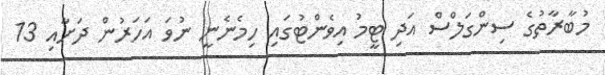
މުބާރާތުގެ ސިންގަލްސް އަދި ޓީމު އިވެންޓުގައި ހިމެނެނީ ނުވަ އަހަރުން ދަށާއި 13